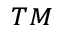
^ { T M }